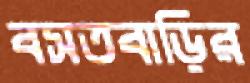
বসতবাড়ির